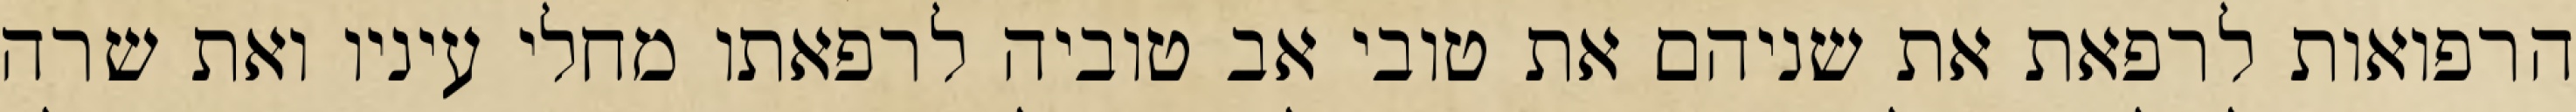
הרפואות לרפאת את שניהם את טובי אב טוביה לרפאתו מחלי עיניו ואת שרה